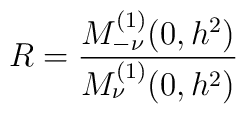
R=\frac{M^{(1)}_{-\nu}(0,h^2)}{M^{(1)}_{\nu}(0,h^2)}